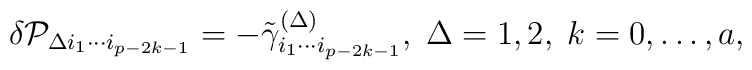
\delta {\cal P}_{\Delta i_1\cdots i_{p-2k-1}}=-\tilde \gamma_{i_1\cdots i_{p-2k-1}}^{(\Delta )},\;\Delta =1,2,\;k=0,\ldots ,a,